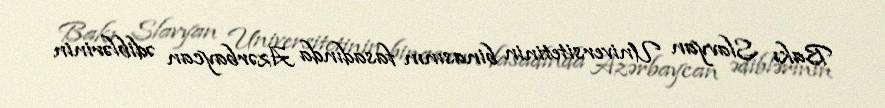
Bakı Slavyan Universitetinin binasının fasadında Azərbaycan ədiblərinin